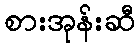
စားအုန်းဆီ